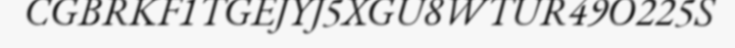
CGBRKF1TGEJYJ5XGU8WTUR49O225S